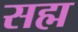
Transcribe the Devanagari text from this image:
सह्म